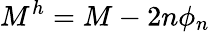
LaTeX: M^{h}=M-2n\phi_{n}